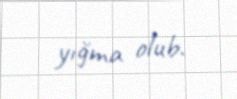
yığma olub.